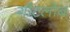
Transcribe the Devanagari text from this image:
गौटलोब